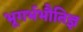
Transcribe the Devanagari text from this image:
भूगर्भभौतिज्ञ